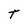
Character: T